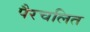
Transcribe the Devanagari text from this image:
पैरचलित